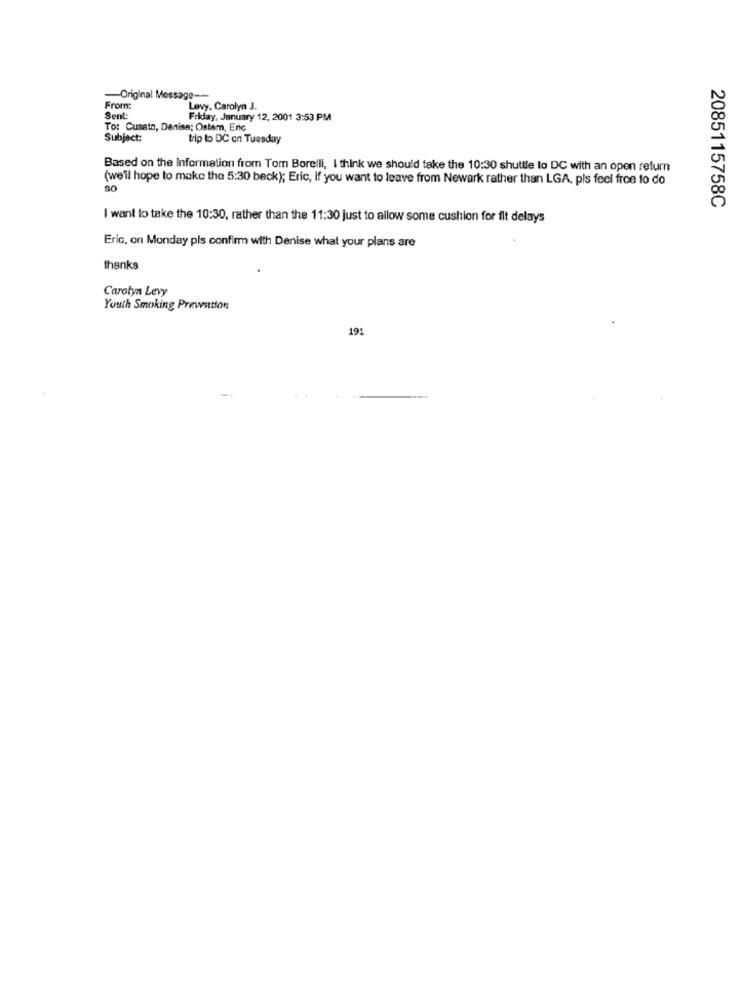
Original Message ---
From:
Levy, Carolyn J.
Sent:
Friday, January 12, 2001 3:53 PM
To: Cusato, Danisa: Ostem, Eric
Subject:
trip to DC on Tuesday
Based on the Information from Tom Borelli, I think we should take the 10:30 shuttle to DC with an open return
(we'll hope to make the 5:30 beck); Eric, If you want to leave from Newark rather than LGA, pls feel free to do
2085115758C
I want to take the 10:30, rather than the 11:30 just to allow some cushion for fit delays
Eric, on Monday pls confirm with Denise what your plans are
thanks
Carolyn Levy
Youth Smoking Prevention
191